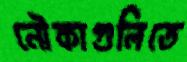
নৌকাগুলিতে